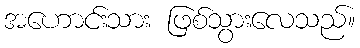
အဟောင်းသား ဖြစ်သွားလေသည်။